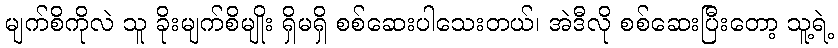
မျက်စိကိုလဲ သူ ခိုးမျက်စိမျိုး ရှိမရှိ စစ်ဆေးပါသေးတယ်၊ အဲဒီလို စစ်ဆေးပြီးတော့ သူ့ရဲ့